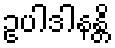
ဥပါဒါနန္တိ